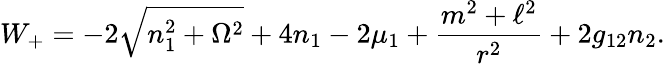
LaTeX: W_{+}=-2\sqrt{n_{1}^{2}+\Omega^{2}}+4n_{1}-2\mu_{1}+\frac{m^{2}+\ell^{2}}{r^{2}}+2g_{12}n_{2}.